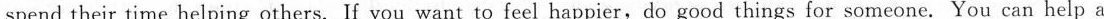
spend their time helping others. If you want to feel happier,do good things for someone. You can help a